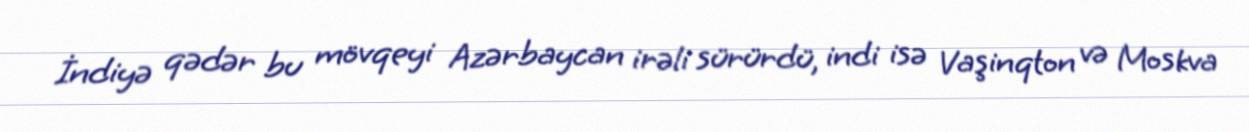
İndiyə qədər bu mövqeyi Azərbaycan irəli sürürdü, indi isə Vaşinqton və Moskva